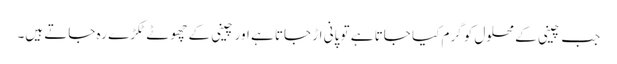
جب چینی کے محلول کو گرم کیا جاتا ہے تو پانی اڑ جاتا ہے اور چینی کے چھوٹے ٹکڑے رہ جاتے ہیں۔